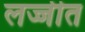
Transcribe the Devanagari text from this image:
लज्जीत